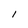
Character: I